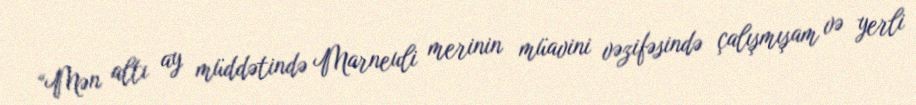
“Mən altı ay müddətində Marneuli merinin müavini vəzifəsində çalışmışam və yerli